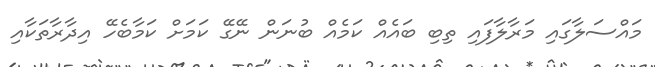
މައްސަލާގައި މަރާލާފައި ތިބި ބައެއް ކަމެއް ބުނަން ނޭގޭ ކަމަށް ކަމާބެހޭ އިދާރާތަކާއި